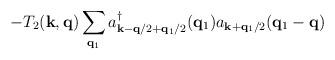
LaTeX: \begin{align*}- T_{2}({\bf{k}}, {\bf{q}})\sum_{ {\bf{q}}_{1} }a^{\dagger}_{ {\bf{k}} - {\bf{q}}/2 + {\bf{q}}_{1}/2 }({\bf{q}}_{1})a_{ {\bf{k}} + {\bf{q}}_{1}/2 }({\bf{q}}_{1} - {\bf{q}})\end{align*}